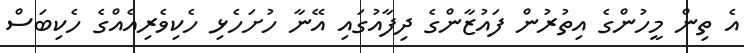
އެ ތިން މީހުންގެ އިތުރުން ފައުޒާންގެ ދިފާއުގައި އޭނާ ހުށަހެޅި ހެކިވެރިއެއްގެ ހެކިބަސް